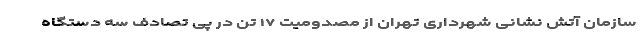
سازمان آتش نشانی شهرداری تهران از مصدومیت ١٧ تن در پی تصادف سه دستگاه